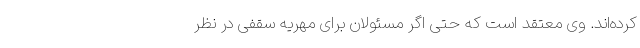
کرده‌اند. وی معتقد است که حتی اگر مسئولان برای مهریه سقفی در نظر